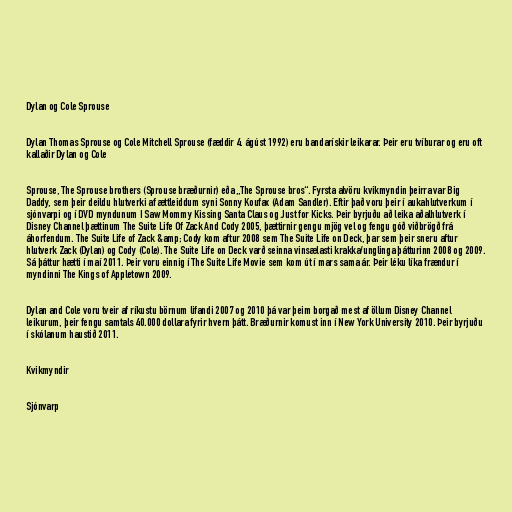
Dylan og Cole Sprouse

Dylan Thomas Sprouse og Cole Mitchell Sprouse (fæddir 4. ágúst 1992) eru bandarískir leikarar. Þeir eru tvíburar og eru oft
kallaðir Dylan og Cole

Sprouse, The Sprouse brothers (Sprouse bræðurnir) eða „The Sprouse bros“. Fyrsta alvöru kvikmyndin þeirra var Big
Daddy, sem þeir deildu hlutverki af ættleiddum syni Sonny Koufax (Adam Sandler). Eftir það voru þeir í aukahlutverkum í
sjónvarpi og í DVD myndunum I Saw Mommy Kissing Santa Claus og Just for Kicks. Þeir byrjuðu að leika aðalhlutverk í
Disney Channel þættinum The Suite Life Of Zack And Cody 2005, þættirnir gengu mjög vel og fengu góð viðbrögð frá
áhorfendum. The Suite Life of Zack &amp; Cody kom aftur 2008 sem The Suite Life on Deck, þar sem þeir sneru aftur
hlutverk Zack (Dylan) og Cody (Cole). The Suite Life on Deck varð seinna vinsælasti krakka/unglinga þátturinn 2008 og 2009.
Sá þáttur hætti í maí 2011. Þeir voru einnig í The Suite Life Movie sem kom út í mars sama ár. Þeir léku líka frændur í
myndinni The Kings of Appletown 2009.

Dylan and Cole voru tveir af ríkustu börnum lifandi 2007 og 2010 þá var þeim borgað mest af öllum Disney Channel
leikurum, þeir fengu samtals 40.000 dollara fyrir hvern þátt. Bræðurnir komust inn í New York University 2010. Þeir byrjuðu
í skólanum haustið 2011.

Kvikmyndir

Sjónvarp